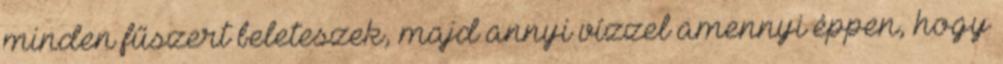
minden fűszert beleteszek, majd annyi vízzel amennyi éppen, hogy